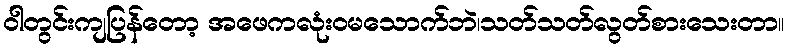
ဝါတွင်းကျပြန်တော့ အဖေကလုံးဝမသောက်ဘဲ၊သတ်သတ်လွတ်စားသေးတာ။